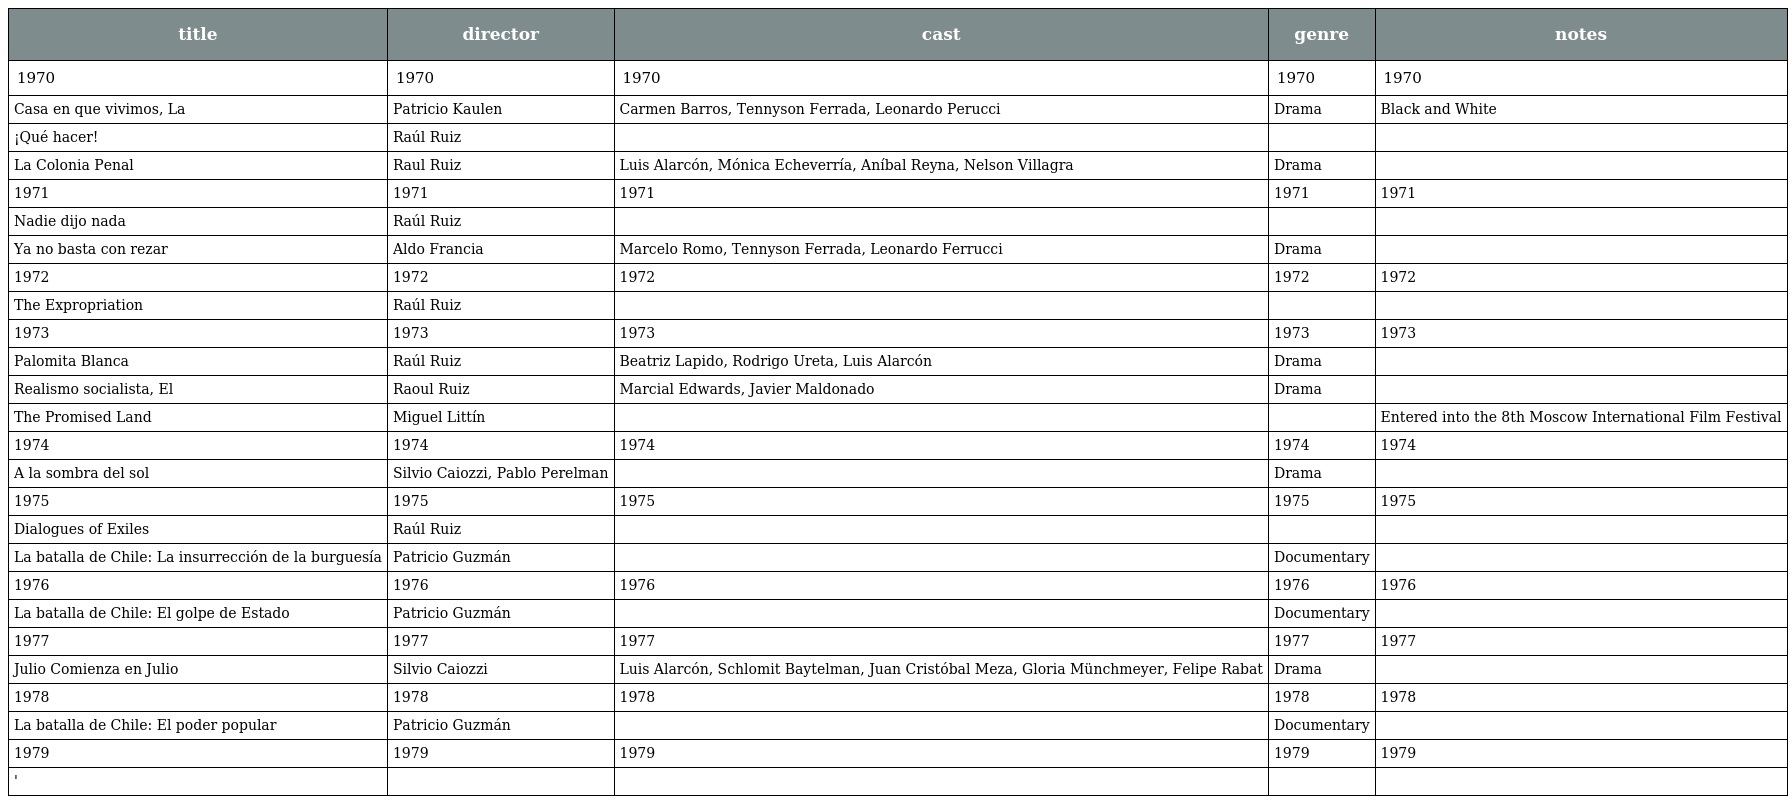
| title | director | cast | genre | notes |
 | --- | --- | --- | --- | --- |
 | 1970 | 1970 | 1970 | 1970 | 1970 |
 | Casa en que vivimos, La | Patricio Kaulen | Carmen Barros, Tennyson Ferrada, Leonardo Perucci | Drama | Black and White |
 | ¡Qué hacer! | Raúl Ruiz |  |  |  |
 | La Colonia Penal | Raul Ruiz | Luis Alarcón, Mónica Echeverría, Aníbal Reyna, Nelson Villagra | Drama |  |
 | 1971 | 1971 | 1971 | 1971 | 1971 |
 | Nadie dijo nada | Raúl Ruiz |  |  |  |
 | Ya no basta con rezar | Aldo Francia | Marcelo Romo, Tennyson Ferrada, Leonardo Ferrucci | Drama |  |
 | 1972 | 1972 | 1972 | 1972 | 1972 |
 | The Expropriation | Raúl Ruiz |  |  |  |
 | 1973 | 1973 | 1973 | 1973 | 1973 |
 | Palomita Blanca | Raúl Ruiz | Beatriz Lapido, Rodrigo Ureta, Luis Alarcón | Drama |  |
 | Realismo socialista, El | Raoul Ruiz | Marcial Edwards, Javier Maldonado | Drama |  |
 | The Promised Land | Miguel Littín |  |  | Entered into the 8th Moscow International Film Festival |
 | 1974 | 1974 | 1974 | 1974 | 1974 |
 | A la sombra del sol | Silvio Caiozzi, Pablo Perelman |  | Drama |  |
 | 1975 | 1975 | 1975 | 1975 | 1975 |
 | Dialogues of Exiles | Raúl Ruiz |  |  |  |
 | La batalla de Chile: La insurrección de la burguesía | Patricio Guzmán |  | Documentary |  |
 | 1976 | 1976 | 1976 | 1976 | 1976 |
 | La batalla de Chile: El golpe de Estado | Patricio Guzmán |  | Documentary |  |
 | 1977 | 1977 | 1977 | 1977 | 1977 |
 | Julio Comienza en Julio | Silvio Caiozzi | Luis Alarcón, Schlomit Baytelman, Juan Cristóbal Meza, Gloria Münchmeyer, Felipe Rabat | Drama |  |
 | 1978 | 1978 | 1978 | 1978 | 1978 |
 | La batalla de Chile: El poder popular | Patricio Guzmán |  | Documentary |  |
 | 1979 | 1979 | 1979 | 1979 | 1979 |
 | ' |  |  |  |  |